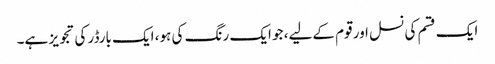
ایک قسم کی نسل اور قوم کےلیے، جو ایک رنگ کی ہو، ایک بارڈر کی تجویز ہے۔